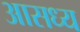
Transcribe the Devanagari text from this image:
आसध्य